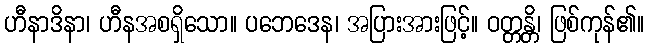
ဟီနာဒိနာ၊ ဟီနအစရှိသော။ ပဘေဒေန၊ အပြားအားဖြင့်။ ဝတ္တန္တိ၊ ဖြစ်ကုန်၏။